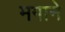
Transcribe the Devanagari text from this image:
मगाने